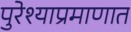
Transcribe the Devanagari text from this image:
पुरेश्याप्रमाणात